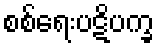
စစ်ရေးပဋိပက္ခ